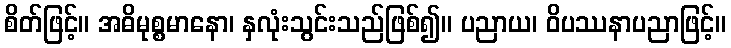
စိတ်ဖြင့်။ အဓိမုစ္စမာနော၊ နှလုံးသွင်းသည်ဖြစ်၍။ ပညာယ၊ ဝိပဿနာပညာဖြင့်။